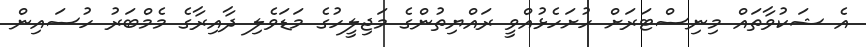
އެ ޝަކުވާތައް މިނިސްޓަރަށް ހުށަހެޅުއްވީ ރައްޔިތުންގެ މަޖިލީހުގެ މަޑަވެލި ދާއިރާގެ މެމްބަރު ހުސައިން